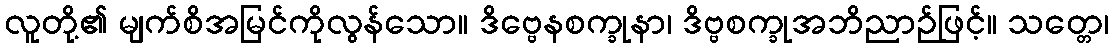
လူတို့၏ မျက်စိအမြင်ကိုလွန်သော။ ဒိဗ္ဗေနစက္ခုနာ၊ ဒိဗ္ဗစက္ခုအဘိညာဉ်ဖြင့်။ သတ္တေ၊